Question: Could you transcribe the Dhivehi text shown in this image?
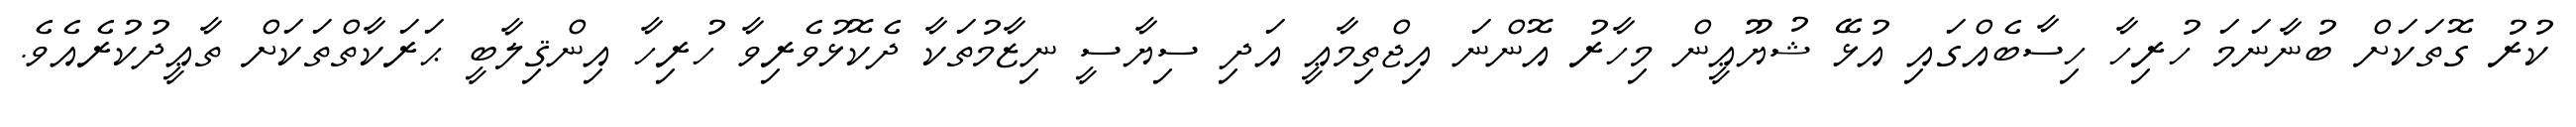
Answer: ކުރު ގޮތަކަށް ބުނާނަމަ ހުރިހާ ހިސާބެއްގައި އުޅޭ ޝުޔޫޢީން މިހާރު އޮންނަ އިޖްތިމާޢީ އަދި ސިޔާސީ ނިޒާމުތަކާ ދެކޮޅުވެރިވާ ހުރިހާ އިންޤިލާބީ ޙަރަކާތްތަކަށް ތާޢީދުކުރެއެވެ.